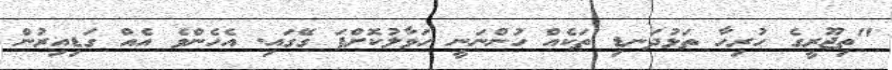
"ތިޖޫރީގެ ހުރިހާ ތަޅުދަނޑި ތަކެއް ހުންނަނީ ހަވާލުކޮށްފަ ގޭގައި. އެހެންވެ އެއް ގަޑިއިރުން